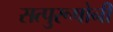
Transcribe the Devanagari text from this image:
सत्पुरूषोनी